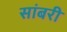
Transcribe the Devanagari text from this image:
सांबरी